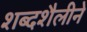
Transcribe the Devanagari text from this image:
शब्दशैलीने